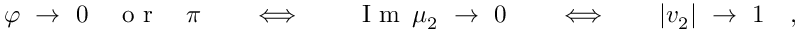
\varphi \ \to \ 0 \quad \textrm { o r } \quad \pi \qquad \Longleftrightarrow \qquad \textrm { I m } \, \mu _ { 2 } \ \to \ 0 \qquad \Longleftrightarrow \qquad | v _ { 2 } | \ \to \ 1 \quad ,